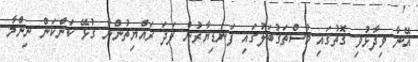
އޭނާ ވިދާޅުވި ގޮތުގައި މުސްތަގުބަލުގައި ފަނޑިޔާރުން ފަދަ ރައްޔިތުންނާ ގުޅޭ ކަންކަން ނިންމާ